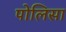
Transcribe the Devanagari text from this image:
पोलिसा